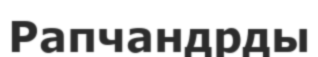
Рапчандрды